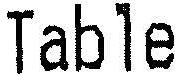
TABLE